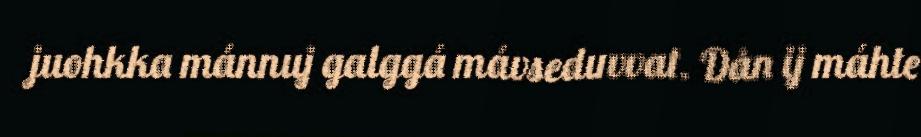
juohkka mánnuj galggá mávseduvvat. Dån ij máhte